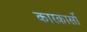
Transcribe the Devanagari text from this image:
कारकार्सो